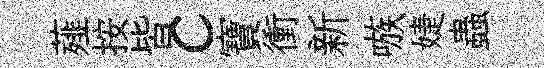
薤按皆c寶衝新嗾婕蟲